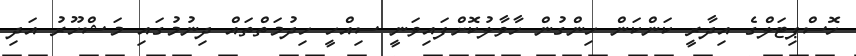
ހޮސްޕިޓަލްގެ އިދާރީ ކަންކަން ހިންގުން ހާވާލުކޮށްފައިވަނީ ސިއްހީ ހިދުމަތްތައް ދިނުމުގައި މަޝްހޫރު އަދި